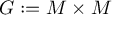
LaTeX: G : = M \times M